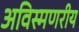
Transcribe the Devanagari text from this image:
अविस्मणरीय